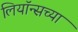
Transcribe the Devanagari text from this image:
लियॉन्सच्या